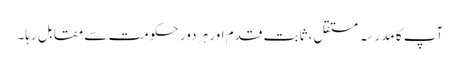
آپ کا مدرسہ مستقل، ثابت قدم اور ہر دورِ حکومت سے مقابل رہا۔